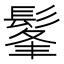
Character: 髼